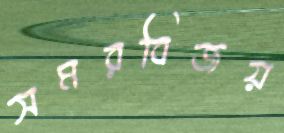
সমরবিজয়